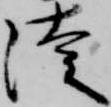
徒